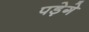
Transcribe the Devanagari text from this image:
पड़ेगे